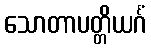
သောတာပတ္တိယင်္ဂံ